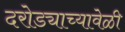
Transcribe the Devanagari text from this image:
दरोड्याच्यावेळी